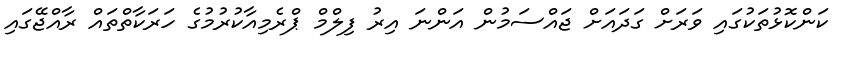
ކަންކޮޅުތަކުގައި ވަރަށް ގަދައަށް ޖައްސަމުން އަންނަ އިރު ފިލްމް ޕްރެމިއާކުރުމުގެ ހަރަކާތްތައް ރާއްޖޭގައި